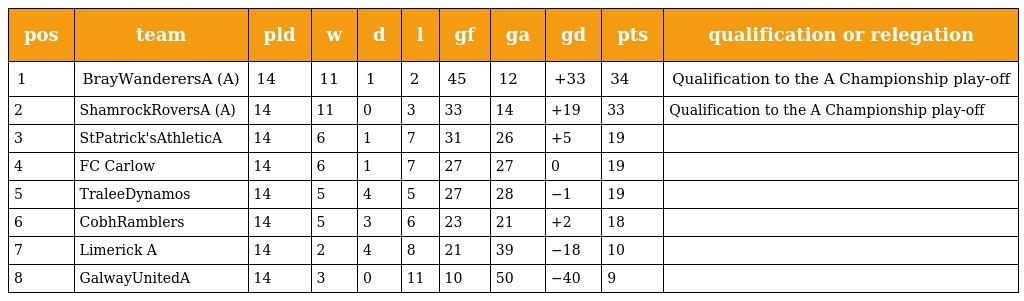
| pos | team | pld | w | d | l | gf | ga | gd | pts | qualification or relegation |
 | --- | --- | --- | --- | --- | --- | --- | --- | --- | --- | --- |
 | 1 | BrayWanderersA (A) | 14 | 11 | 1 | 2 | 45 | 12 | +33 | 34 | Qualification to the A Championship play-off |
 | 2 | ShamrockRoversA (A) | 14 | 11 | 0 | 3 | 33 | 14 | +19 | 33 | Qualification to the A Championship play-off |
 | 3 | StPatrick'sAthleticA | 14 | 6 | 1 | 7 | 31 | 26 | +5 | 19 |  |
 | 4 | FC Carlow | 14 | 6 | 1 | 7 | 27 | 27 | 0 | 19 |  |
 | 5 | TraleeDynamos | 14 | 5 | 4 | 5 | 27 | 28 | −1 | 19 |  |
 | 6 | CobhRamblers | 14 | 5 | 3 | 6 | 23 | 21 | +2 | 18 |  |
 | 7 | Limerick A | 14 | 2 | 4 | 8 | 21 | 39 | −18 | 10 |  |
 | 8 | GalwayUnitedA | 14 | 3 | 0 | 11 | 10 | 50 | −40 | 9 |  |